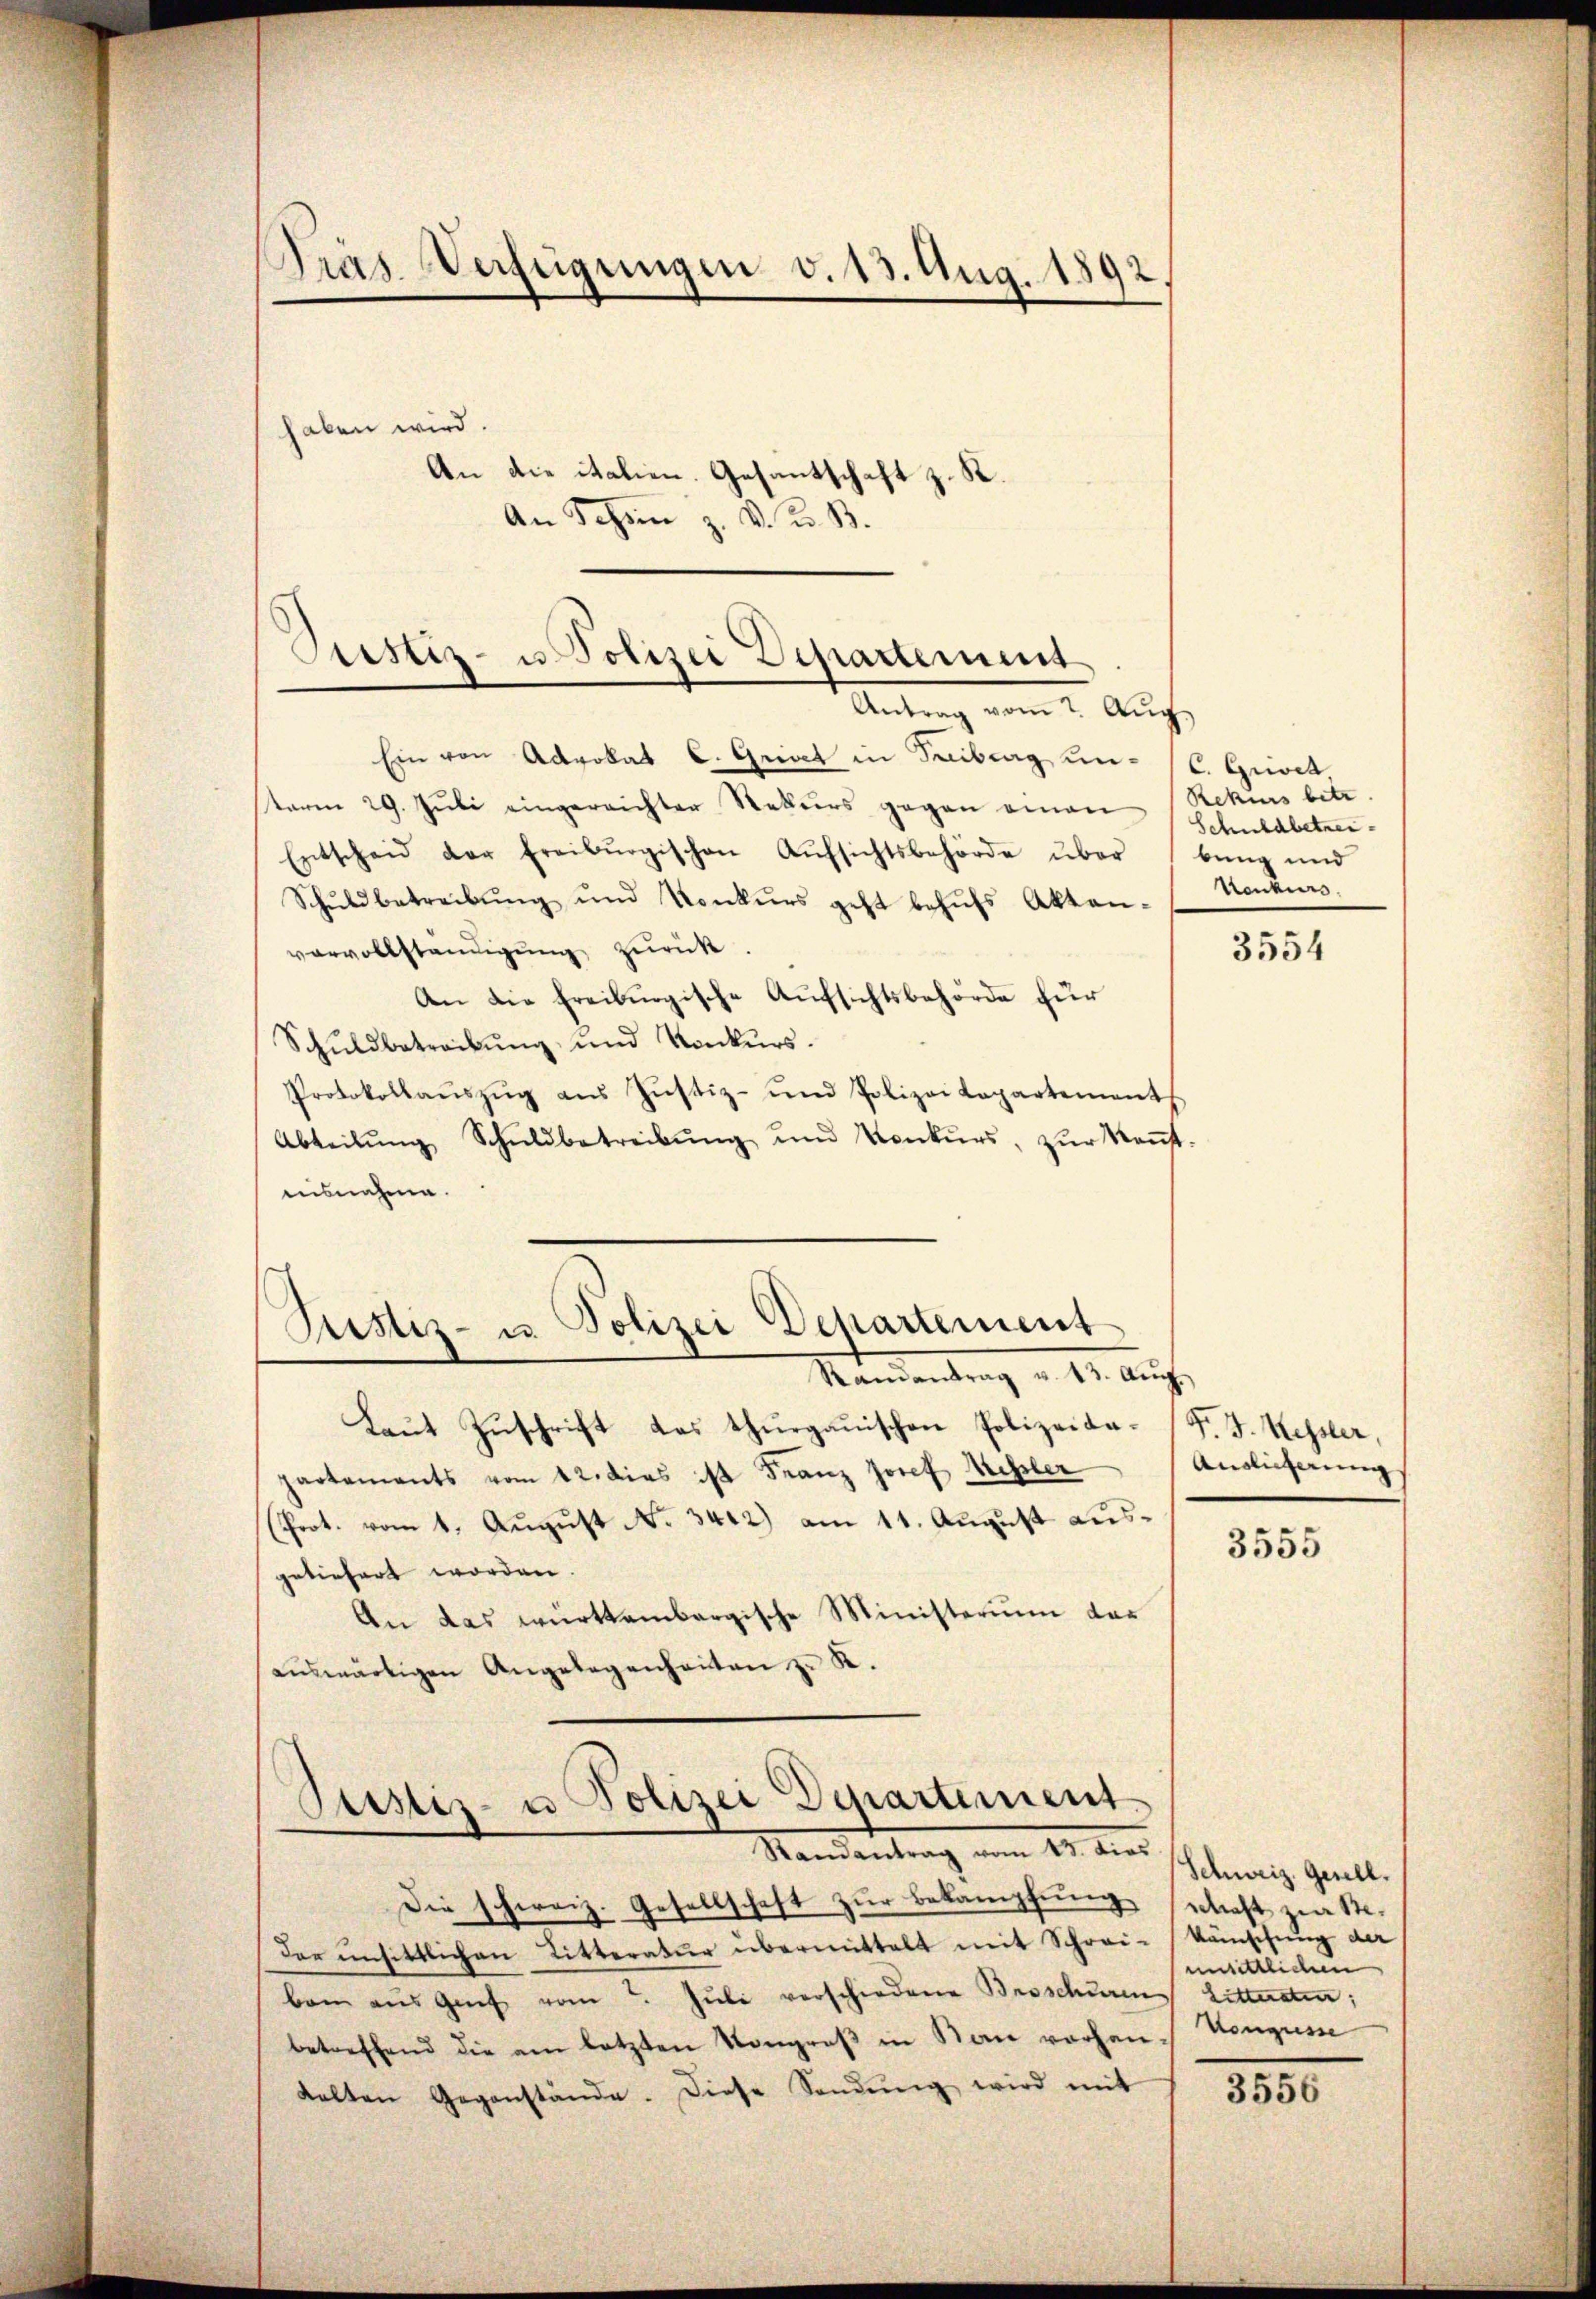
Dräs. Verfügungen v. 13. Aug. 1892

haben wird.
An die italien. Gesantschaft z. R.
An Schön z. v. K. B.
Ein von Advokat C. Griect in Freiberg un- (C. Grivet,
sterm 29. Jŭli eingereichter Rekurs gegen einen Rekurs betr.
Entscheid der Freiburgischen Aŭfsichtsbehörde überbŭng und
Schŭldbetreibŭng ŭnd Konkŭrs geht behŭfs Akten-
vervollständigung zurück
An die freiburgische Aufsichtsbehörde für
Schŭldbetreibŭng und Konkŭrs.
Protokollaŭszŭg aŭs Jŭstiz- und Polizei Lopartement
Abteilŭng Schuldbetreibŭng und Konkŭrs, zŭr Keṅt-
nisnahme.
Justiz- u. Polizei Departement
Randantrag u. 43. Aŭg.
Laut Zuschrift das thurgauischen Polizeida-F. J. Kessler,
partements vom 12. dies ist Franz Josef Missler
(Prot. vom 1. August No. 3442) am 11. August ausgeliefert worden.
An das württembergische Ministerium dar
aŭswärtigen Angelegenheiten z. K.

Justiz- u. Polizei Departement
Antrag vom 7. Aug

Justiz- u Polizei Departement.
Randantrag vom 13. dies

Die schweiz. Gesellschaft zur Bekämpfung schaft zu 1.
der unsittlichen Litteratur übermittelt mit Schrei-Künschung der
bann aus Graf vom 7. Jŭli verschiedene Besschuren Litteraten;
betreffend die am letzten Kongreß in San vorhan-
kalten Gegenstände. Diese Sendŭng wird mit

Schuldbetrei¬
Konkurs.

3554

Auslieferung

3555

Schweiz. Gesell.
unsittlichen
Kongresse

3556